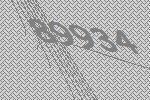
89934